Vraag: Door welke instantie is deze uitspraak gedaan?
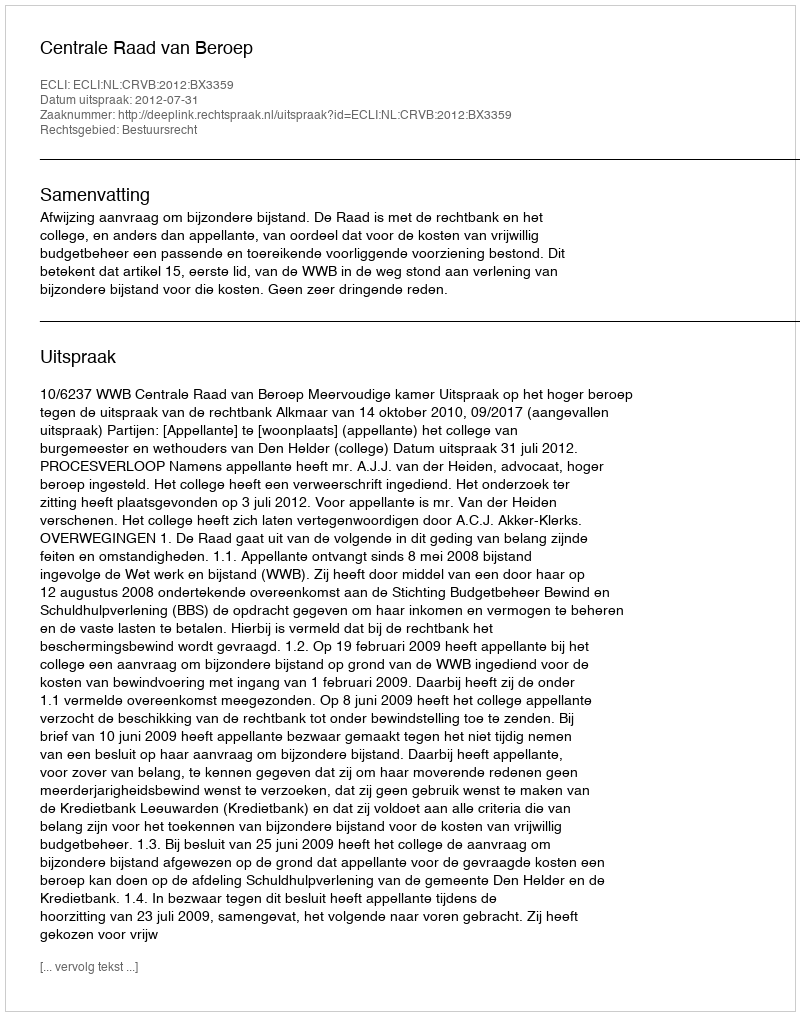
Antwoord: Centrale Raad van Beroep